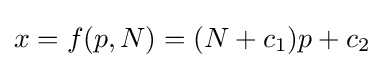
x=f(p,N)=(N+c_{1})p+c_{2}